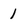
Character: 1